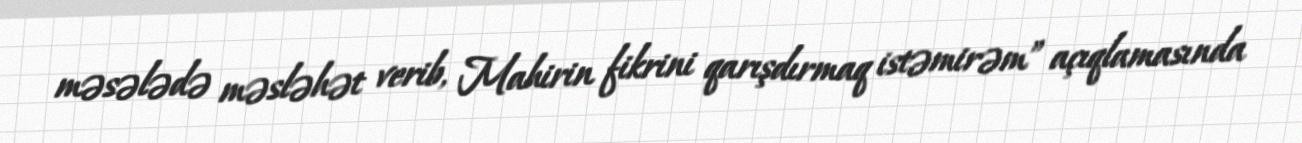
məsələdə məsləhət verib, Mahirin fikrini qarışdırmaq istəmirəm” açıqlamasında